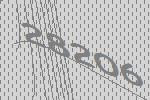
28206